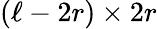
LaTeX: (\ell-2r)\times 2r